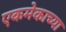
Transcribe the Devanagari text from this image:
एकमेकाच्या